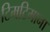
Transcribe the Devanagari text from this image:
टिमटिमाना